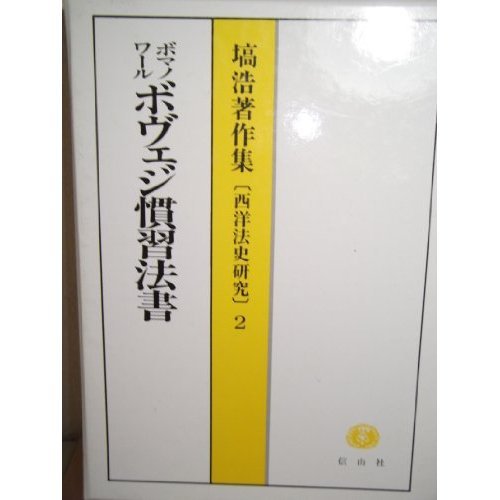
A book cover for Bomanowaru "Bovu~eji customary law Manual" Hiroshi Hanawa Collected Works - History of Western Law (2) (1992) ISBN: 4882611392 [Japanese Import]; Law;